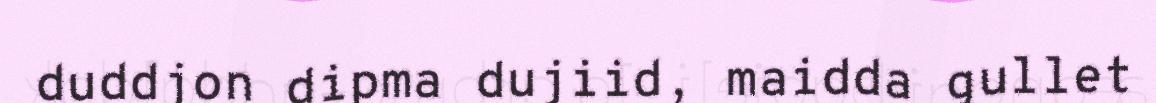
duddjon dipma dujiid, maidda gullet